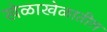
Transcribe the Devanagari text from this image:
खेळाखेळातील